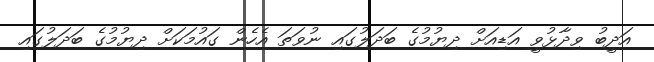
އަދީބު ވިދާޅުވީ އަޑިއަށް ދިޔުމުގެ ބަދަލުގައި ނުވަތަ އެހެން ގައުމަކަށް ދިޔުމުގެ ބަދަލުގައި